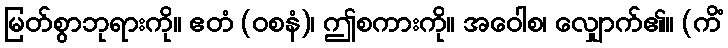
မြတ်စွာဘုရားကို။ ဧတံ (ဝစနံ)၊ ဤစကားကို။ အဝေါစ၊ လျှောက်၏။ (ကိံ